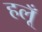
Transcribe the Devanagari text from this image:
हलूँ